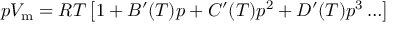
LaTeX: p V _ { \mathrm { m } } = R T \left[ 1 + B ^ { \prime } ( T ) p + C ^ { \prime } ( T ) p ^ { 2 } + D ^ { \prime } ( T ) p ^ { 3 } \ldots \right]